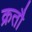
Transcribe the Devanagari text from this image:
क्रतौ